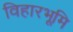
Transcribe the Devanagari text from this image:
विहारभूमि